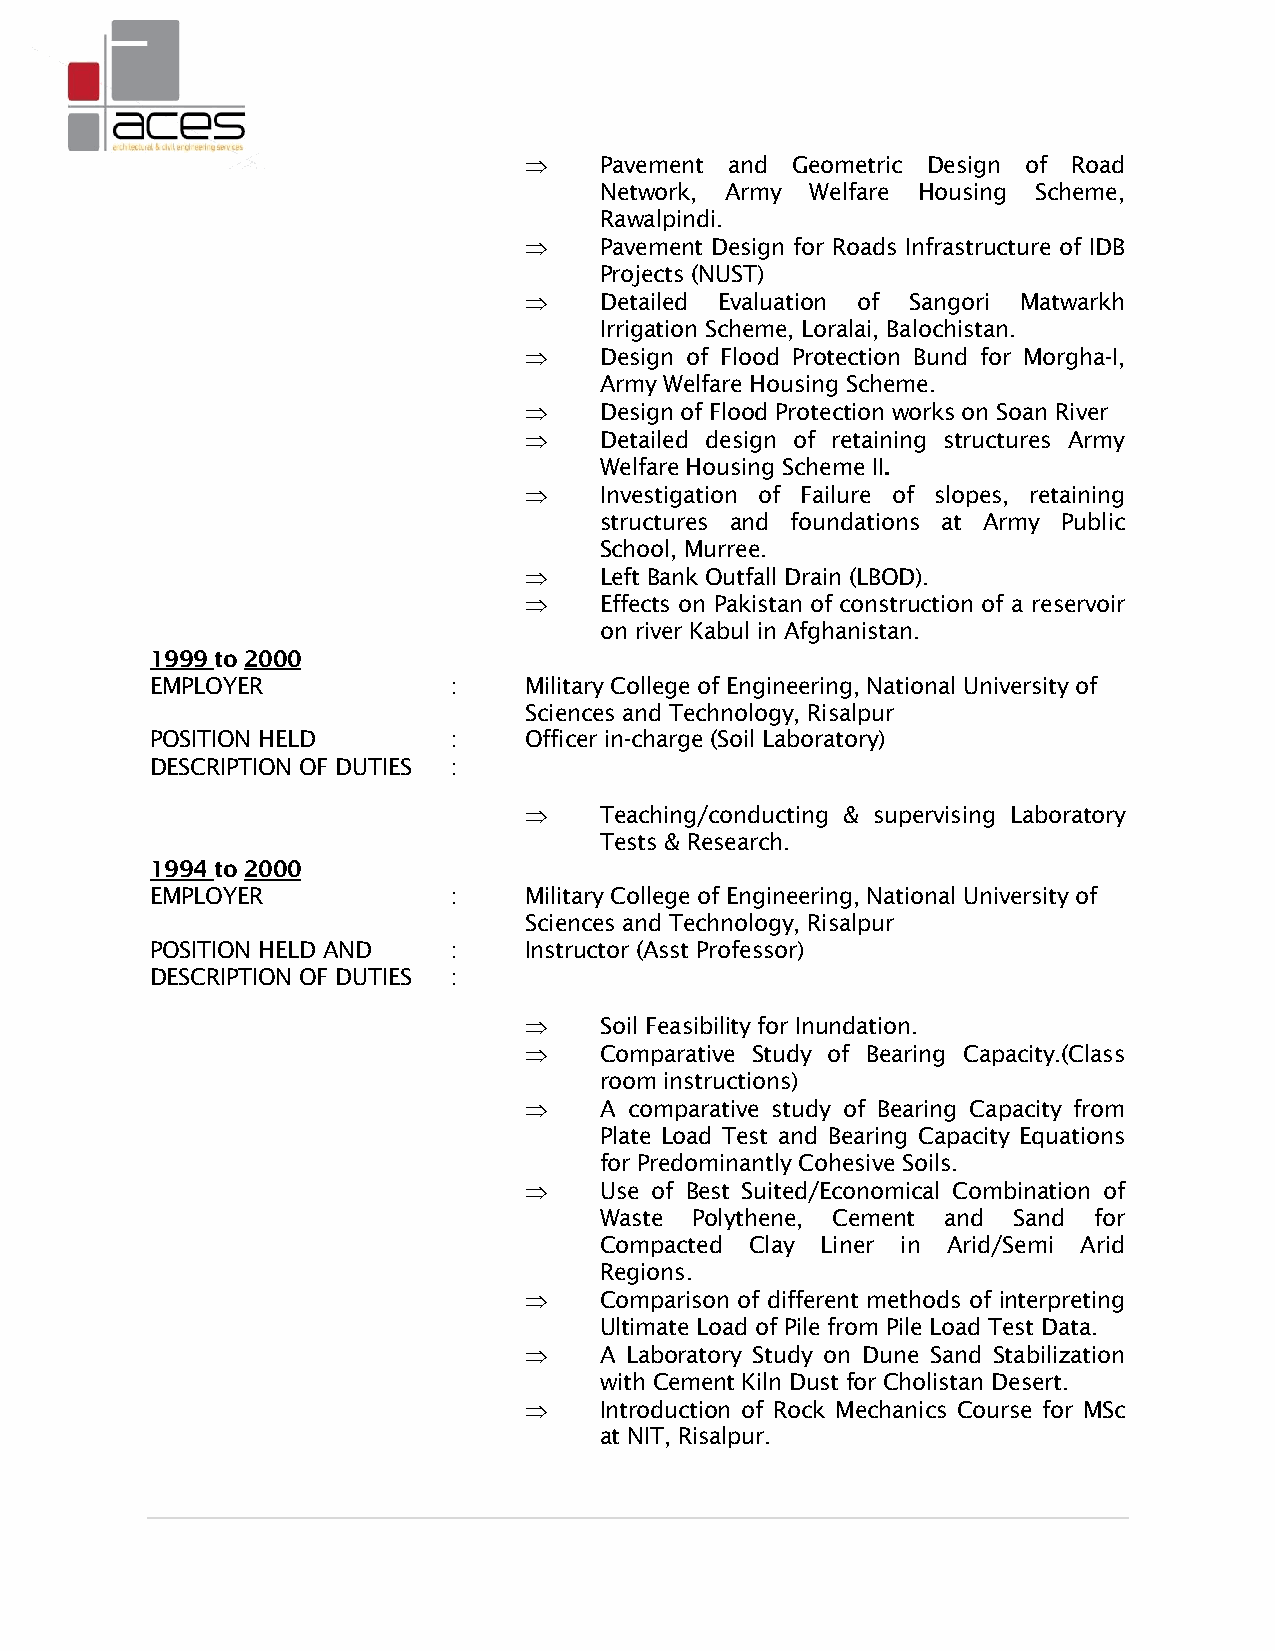
    Pavement and Geometric Design of Road
 Network, Army Welfare Housing Scheme,
 Rawalpindi.
     Pavement Design for Roads Infrastructure of IDB
 Projects (NUST)
     Detailed Evaluation of Sangori Matwarkh
 Irrigation Scheme, Loralai, Balochistan.
     Design of Flood Protection Bund for Morgha-I,
 Army Welfare Housing Scheme.
     Design of Flood Protection works on Soan River
     Detailed design of retaining structures Army
 Welfare Housing Scheme II.
     Investigation of Failure of slopes, retaining
 structures and foundations at Army Public
 School, Murree.
     Left Bank Outfall Drain (LBOD).
     Effects on Pakistan of construction of a reservoir
 on river Kabul in Afghanistan.
 1999 to 2000
 EMPLOYER            :    Military College of Engineering, National University of
 Sciences and Technology, Risalpur
 POSITION HELD       :    Officer in-charge (Soil Laboratory)
 DESCRIPTION OF DUTIES :
     Teaching/conducting & supervising Laboratory
 Tests & Research.
 1994 to 2000
 EMPLOYER            :    Military College of Engineering, National University of
 Sciences and Technology, Risalpur
 POSITION HELD AND   :    Instructor (Asst Professor)
 DESCRIPTION OF DUTIES :
     Soil Feasibility for Inundation.
     Comparative Study of Bearing Capacity.(Class
 room instructions)
     A comparative study of Bearing Capacity from
 Plate Load Test and Bearing Capacity Equations
 for Predominantly Cohesive Soils.
     Use of Best Suited/Economical Combination of
 Waste Polythene, Cement and Sand for
 Compacted Clay Liner in Arid/Semi Arid
 Regions.
     Comparison of different methods of interpreting
 Ultimate Load of Pile from Pile Load Test Data.
     A Laboratory Study on Dune Sand Stabilization
 with Cement Kiln Dust for Cholistan Desert.
     Introduction of Rock Mechanics Course for MSc
 at NIT, Risalpur.